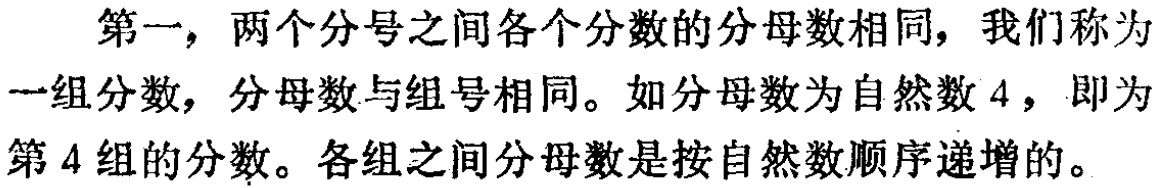
第一，两个分号之间各个分数的分母数相同，我们称为一组分数，分母数与组号相同。如分母数为自然数 4 ，即为第 4 组的分数。各组之间分母数是按自然数顺序递增的。